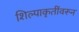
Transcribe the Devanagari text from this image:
शिल्पाकृतींवरून